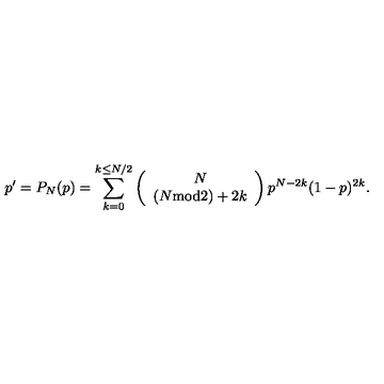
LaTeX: p ^ { \prime } = P _ { N } ( p ) = \sum _ { k = 0 } ^ { k \le N / 2 } \left( \begin{array} { c } { N } \\ { ( N \mathrm { m o d } 2 ) + 2 k } \\ \end{array} \right) p ^ { N - 2 k } ( 1 - p ) ^ { 2 k } . \,